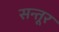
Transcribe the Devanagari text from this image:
सन्तूर